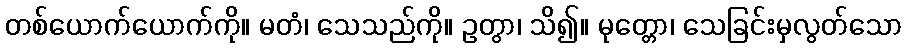
တစ်ယောက်ယောက်ကို။ မတံ၊ သေသည်ကို။ ဥတွာ၊ သိ၍။ မုတ္တော၊ သေခြင်းမှလွတ်သော